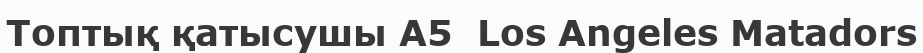
Топтық қатысушы A5  Los Angeles Matadors